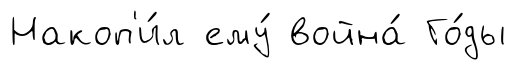
Накоп'и́л ему́ война́ Го́ды